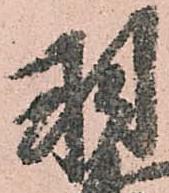
羽